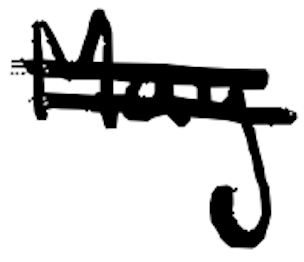
Text: May
Cross-out: double-line
Writing tool: digital_black